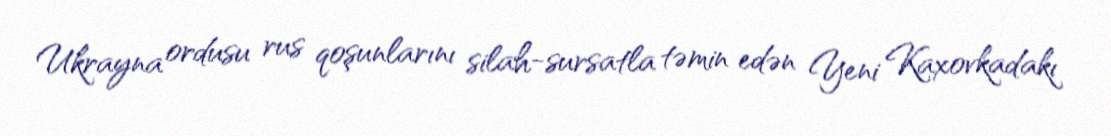
Ukrayna ordusu rus qoşunlarını silah-sursatla təmin edən Yeni Kaxovkadakı